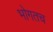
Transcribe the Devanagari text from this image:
भोगतच